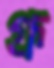
গ্রূ